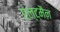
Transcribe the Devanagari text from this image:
एल्ट्मैन